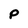
Character: p